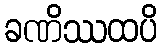
ခဏိဿထပိ